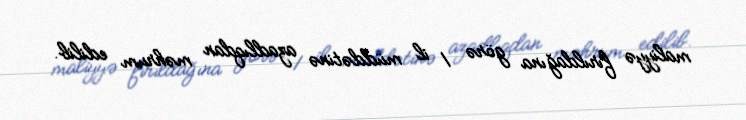
maliyyə fırıldağına görə 1 il müddətinə azadlıqdan məhrum edilib.